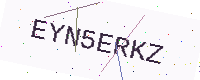
Text: EYN5ERKZ